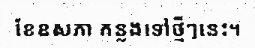
ខែឧសភា កន្លងទៅថ្មីៗនេះ។